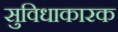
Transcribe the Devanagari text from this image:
सुविधाकारक